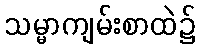
သမ္မာကျမ်းစာထဲ၌